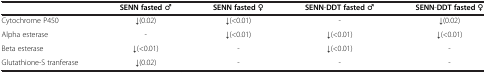
|  | SENN fasted ♂ | SENN fasted ♀ | SENN-DDT fasted ♂ | SENN-DDT fasted ♀ |
 | --- | --- | --- | --- | --- |
 | Cytochrome P450 | ↓(0.02) | ↓(<0.01) | - | ↓(0.02) |
 | Alpha esterase | - | ↓(<0.01) | ↓(<0.01) | ↓(<0.01) |
 | Beta esterase | ↓(<0.01) | - | ↓(<0.01) | - |
 | Glutathione-S tranferase | ↓(0.02) | - | - | - |